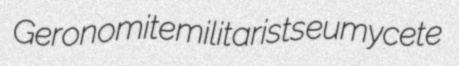
Geronomite militarists eumycete